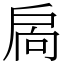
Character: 扄